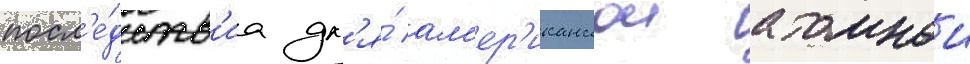
посл'е́дств'иа дл'я́ ам'ер'иканскои атомнои